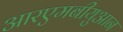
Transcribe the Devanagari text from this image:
आरएमबीयुआन